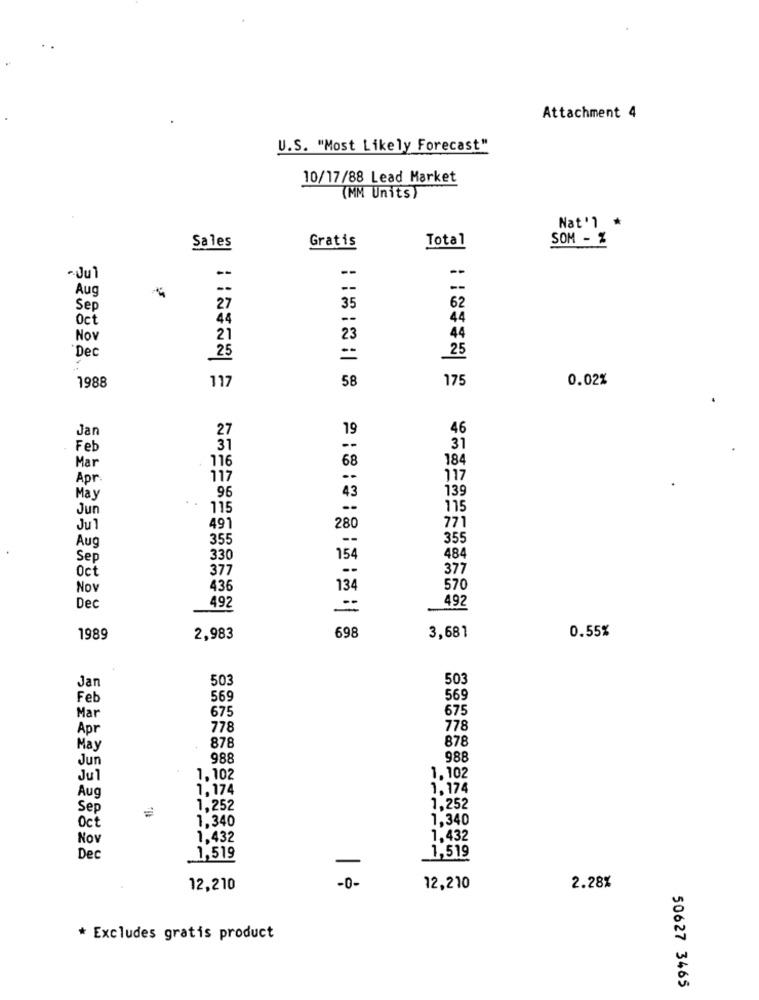
Attachment 4
U.S. "Most Likely Forecast"
10/17/88 Lead Market
(MM Units)
Nat'l *
Total
SOM - %
Sales
Gratis
-Jul
--
Aug
--
--
Sep
27
35
62
Oct
44
--
44
Nov
21
23
4
Dec
25
25
1988
58
175
0.02%
117
Jan
27
19
46
Feb
31
31
Mar
116
68
184
Apr
117
117
96
139
May
43
Jun
115
.-
115
Ju1
491
280
771
Aug
355
355
Sep
330
154
484
Oct
377
377
Nov
436
134
570
Dec
492
492
698
1989
2,983
3,681
0.55%
Jan
503
503
Feb
569
569
675
675
Mar
Apr
778
778
878
878
May
Jun
988
988
Jul
1,102
1,102
1,174
1.174
Aug
Sep
1,252
1.252
1,340
1,340
Oct
Nov
1,432
1,432
1,519
Dec
1,519
-0-
12,210
12,210
2.28%
* Excludes gratis product
50627 3465